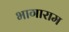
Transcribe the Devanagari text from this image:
भागाराम